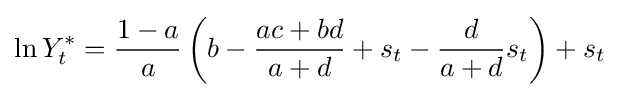
\ln {Y_{t}^{*}}={\frac {1-a}{a}}\left(b-{\frac {ac+bd}{a+d}}+s_{t}-{\frac {d}{a+d}}s_{t}\right)+s_{t}\;\;